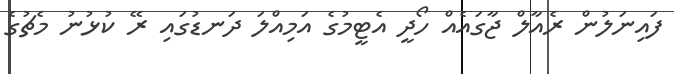
ފައިނަލުން ރެއާލް ޖާގައެއް ހޯދީ އެޓީމުގެ އަމިއްލަ ދަނޑުގައި ރޭ ކުޅުނު މެޗުގެ